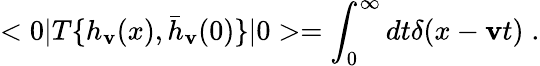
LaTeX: <0|T\{ h_{\mathbf{v}}(x),{\bar{{h}}}_{\mathbf{v}}(0)\} |0>=\int_{0}^{\infty}dt\delta(x-\mathbf{v}t)\; .